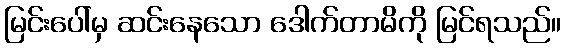
မြင်းပေါ်မှ ဆင်းနေသော ဒေါက်တာမိကို မြင်ရသည်။